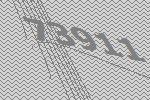
73911